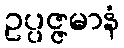
ဥပ္ပဇ္ဇမာနံ